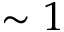
\sim 1